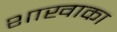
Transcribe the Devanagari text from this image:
शाखाका